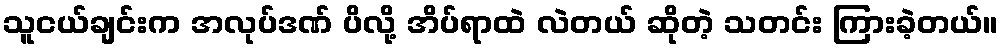
သူငယ်ချင်းက အလုပ်ဒဏ် ပိလို့ အိပ်ရာထဲ လဲတယ် ဆိုတဲ့ သတင်း ကြားခဲ့တယ်။